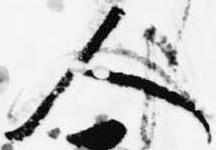
人